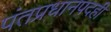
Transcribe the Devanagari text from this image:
पंतप्रधानपदही